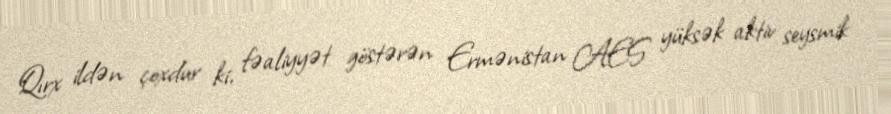
Qırx ildən çoxdur ki, fəaliyyət göstərən Ermənistan AES yüksək aktiv seysmik